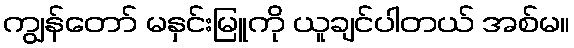
ကျွန်တော် မနှင်းမြူကို ယူချင်ပါတယ် အစ်မ။